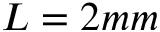
L = 2 m m